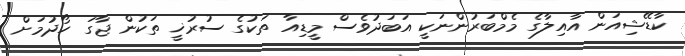
ކާޑޭޝިއަން އާއިލާގެ މެމްބަރުންނަކީ އަބަދުވެސް މީޑިއާ ތަކުގެ ސުރުޚީ ތަކުން ޖާގަ ހޯދުމަށް